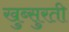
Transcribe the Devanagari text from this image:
खुब्सुरती